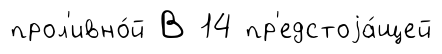
прол'ивно́й В 14 пр'едстоjа́щей